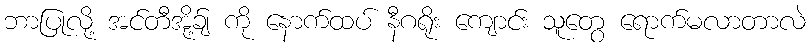
ဘာပြုလို့ အင်တီအို့ခ်ျ ကို နောက်ထပ် နီဂရိုး ကျောင်း သူတွေ ရောက်မလာတာလဲ